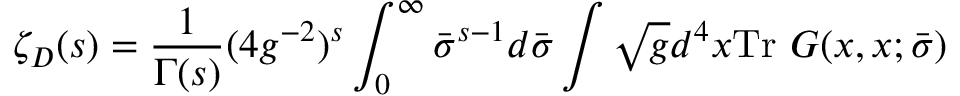
\zeta _ { D } ( s ) = \frac { 1 } { \Gamma ( s ) } ( 4 g ^ { - 2 } ) ^ { s } \int _ { 0 } ^ { \infty } \bar { \sigma } ^ { s - 1 } d \bar { \sigma } \int \sqrt { g } d ^ { 4 } x \mathrm { T r } ~ G ( x , x ; \bar { \sigma } )